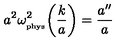
a ^ { 2 } \omega _ { _ \mathrm { p h y s } } ^ { 2 } \biggl ( \frac { k } { a } \biggr ) = \frac { a ^ { \prime \prime } } { a }